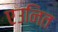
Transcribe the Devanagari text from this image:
एउनित